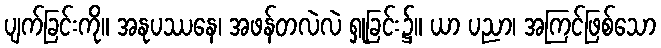
ပျက်ခြင်းကို။ အနုပဿနေ၊ အဖန်တလဲလဲ ရှုခြင်း၌။ ယာ ပညာ၊ အကြင်ဖြစ်သော